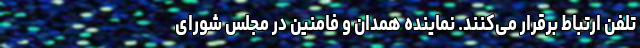
تلفن ارتباط برقرار می‌کنند. نماینده همدان و فامنین در مجلس شورای